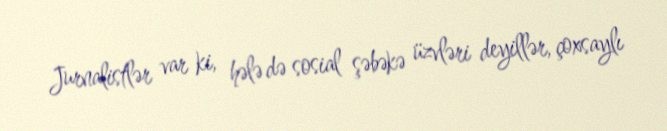
Jurnalistlər var ki, hələ də sosial şəbəkə üzvləri deyillər, çoxsaylı